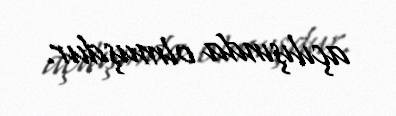
açılışında olmuşdur.